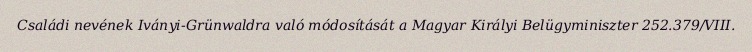
Családi nevének Iványi-Grünwaldra való módosítását a Magyar Királyi Belügyminiszter 252.379/VIII.